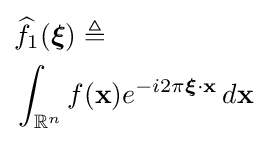
{\begin{aligned}&{\widehat {f}}_{1}({\boldsymbol {\xi }})\triangleq \\&\int _{\mathbb {R} ^{n}}f(\mathbf {x} )e^{-i2\pi {\boldsymbol {\xi }}\cdot \mathbf {x} }\,d\mathbf {x} \end{aligned}}